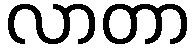
လာတာ